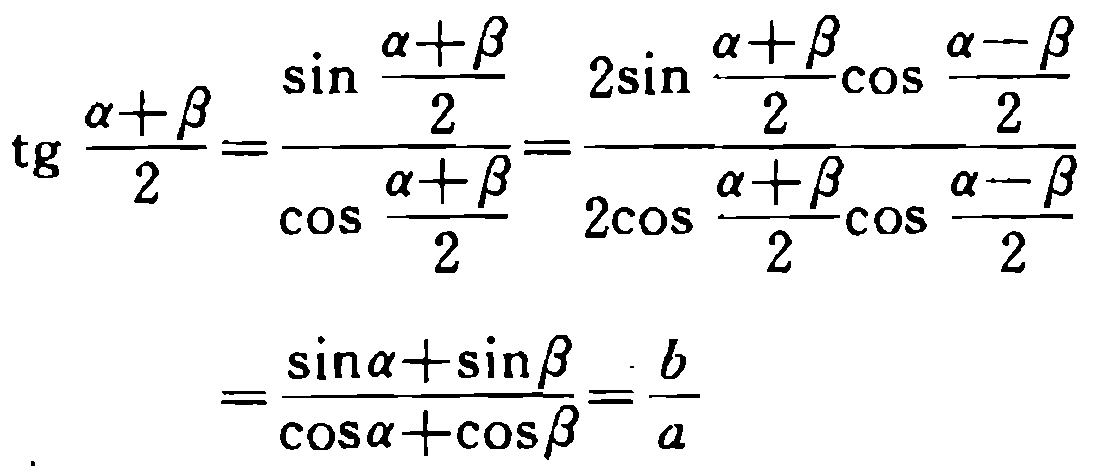
\[\begin{align*}
\mathrm{tg}\frac{\alpha + \beta}{2}&=\frac{\sin\frac{\alpha + \beta}{2}}{\cos\frac{\alpha + \beta}{2}}=\frac{2\sin\frac{\alpha + \beta}{2}\cos\frac{\alpha - \beta}{2}}{2\cos\frac{\alpha + \beta}{2}\cos\frac{\alpha - \beta}{2}}\\
&=\frac{\sin\alpha+\sin\beta}{\cos\alpha+\cos\beta}=\frac{b}{a}
\end{align*}\]